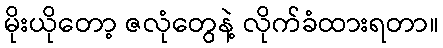
မိုးယိုတော့ ဇလုံတွေနဲ့ လိုက်ခံထားရတာ။